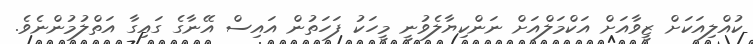
ކުއްލިއަކަށް ޒީވާއަށް އަކްމަލްއަށް ނަންކިޔާލެވުނީ މީހަކު ފަހަތުން އައިސް އޭނާގެ ގައިގާ އަތްލުމުންނެވެ.